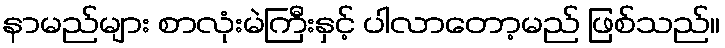
နာမည်များ စာလုံးမဲကြီးနှင့် ပါလာတော့မည် ဖြစ်သည်။